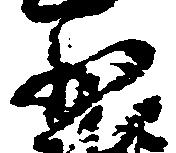
少